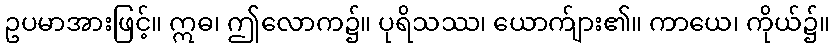
ဥပမာအားဖြင့်။ ဣဓ၊ ဤလောက၌။ ပုရိသဿ၊ ယောက်ျား၏။ ကာယေ၊ ကိုယ်၌။